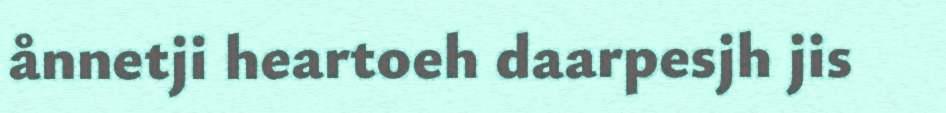
ånnetji heartoeh daarpesjh jis